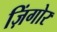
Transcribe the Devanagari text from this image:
ज़िंगोर